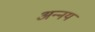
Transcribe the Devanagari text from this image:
अन्‍नय